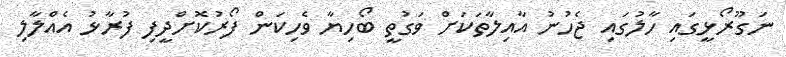
ނަގޫރޯޅީގައި ހާލުގައި ޖެހުނު އާއިލާތަކަށް ވަގުތީ ބޯހިޔާ ވެހިކަން ފޯރުކޮށްދީފި ފުރާޅު އެއްލާލި